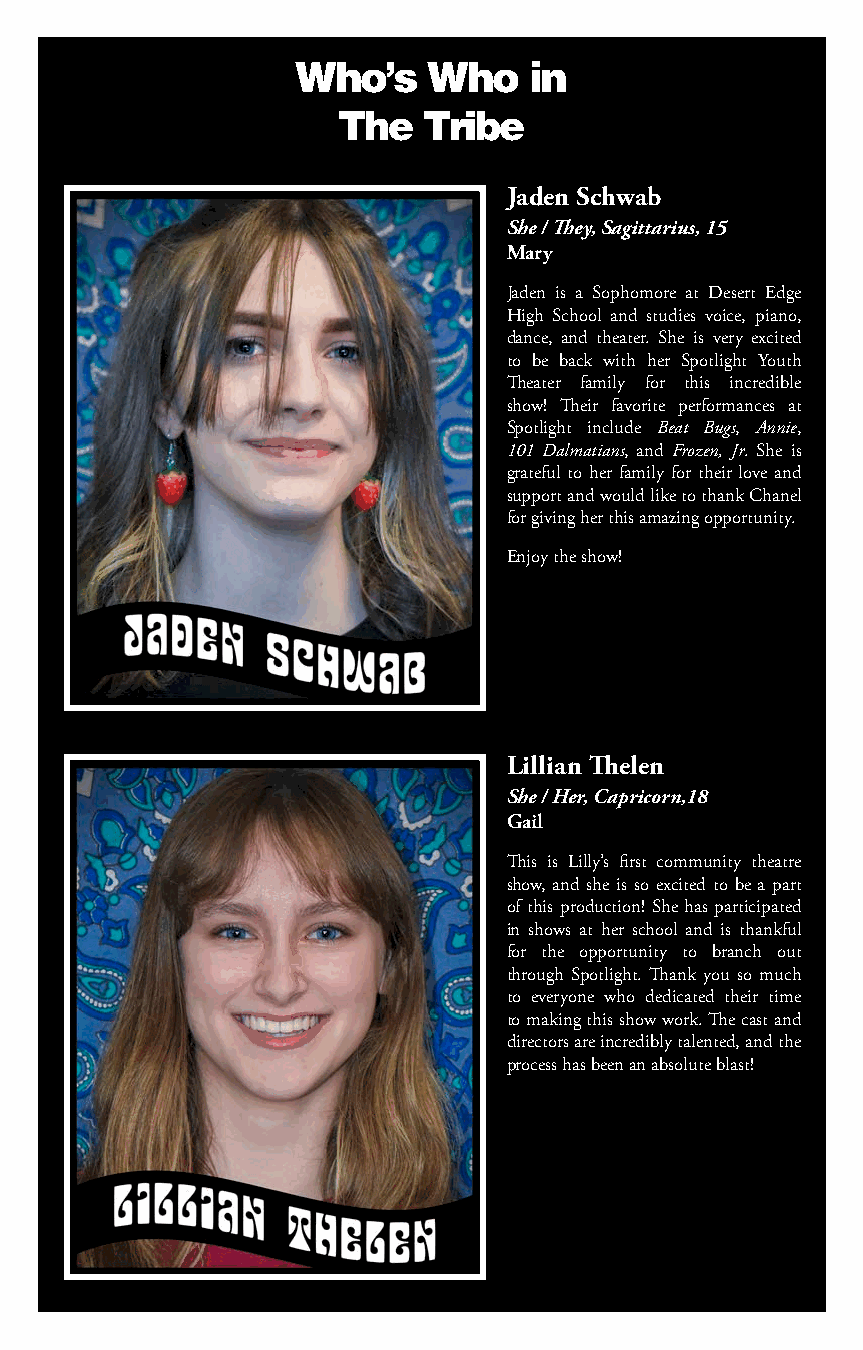
Who’s    Who    in
 The   Tribe
 Jaden Schwab
 She / They, Sagittarius, 15
 Mary
 Jaden is a Sophomore at Desert Edge
 High School and studies voice, piano,
 dance, and theater. She is very excited
 to be back with her Spotlight Youth
 Theater family for this incredible
 show! Their favorite performances at
 Spotlight include Beat Bugs, Annie,
 101 Dalmatians, and Frozen, Jr. She is
 grateful to her family for their love and
 support and would like to thank Chanel
 for giving her this amazing opportunity.
 Enjoy the show!
 Lillian Thelen
 She / Her, Capricorn,18
 Gail
 This is Lilly’s first community theatre
 show, and she is so excited to be a part
 of this production! She has participated
 in shows at her school and is thankful
 for the opportunity to branch out
 through Spotlight. Thank you so much
 to everyone who dedicated their time
 to making this show work. The cast and
 directors are incredibly talented, and the
 process has been an absolute blast!